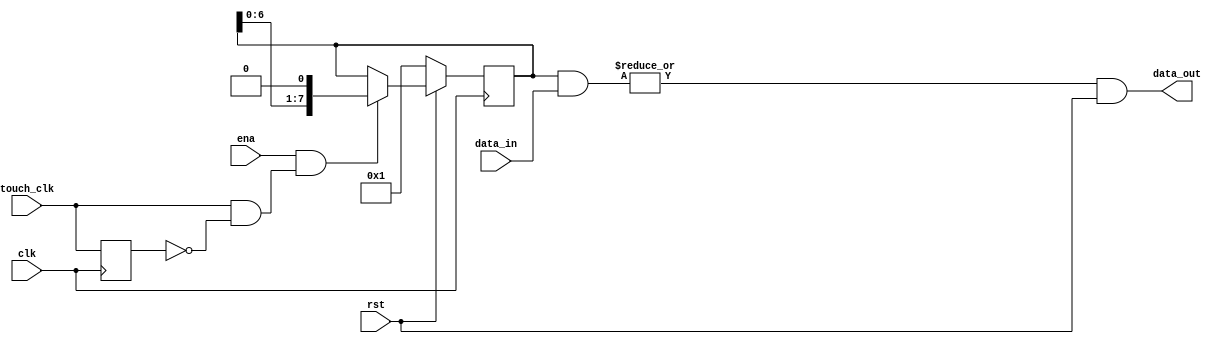
`timescale 1ns / 1ps
`default_nettype none
//////////////////////////////////////////////////////////////////////////////////
// 
// Module Name:    shift_out 
//
//////////////////////////////////////////////////////////////////////////////////
/** Shifts data in from most significant to least significant bits 
  * @pre positive edge triggered
  * @post Once 12 clk cycles have passed, the data is locked in the output
  * 	until the rst goes low. 
  */
module shift_out(clk, touch_clk, data_in, ena, rst, data_out);
	input wire clk, touch_clk,ena, rst;
	input wire [7:0] data_in;
	output wire data_out;
	reg [7:0] mask;

	// Local vars
	wire current_data;
	wire [7:0] masked_data;

	assign masked_data = mask & data_in;
	assign data_out = |(masked_data) & rst;

	reg previous_touch_clk;
	wire clk_edge;
	assign clk_edge = touch_clk & ~previous_touch_clk;	

	always @(negedge clk) begin
		if(~rst) begin
			mask <= 8'b0000_0001;
		end
		else if(ena & clk_edge) begin
			mask <= (mask << 1);
		end
		previous_touch_clk <= touch_clk;
	end
endmodule
`default_nettype wire